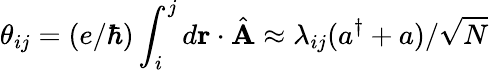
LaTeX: \theta_{ij}=(e/\hbar)\int_{i}^{j}d\mathbf{r}\cdot\hat{\mathbf{A}}\approx\lambda_{ij}(a^{\dagger}+a)/\sqrt{N}